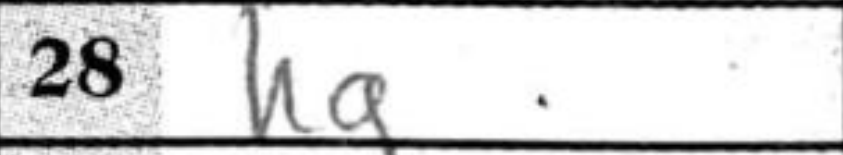
Transcription: hg